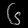
Digit: ၆